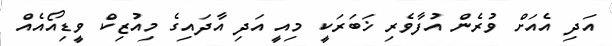
އަދި އެއަށް ވުރެން އުފާވެރި ޚަބަރަކީ މިއީ އަދި އާދައިގެ މިއުޒިކް ވީޑިއޯއެއް